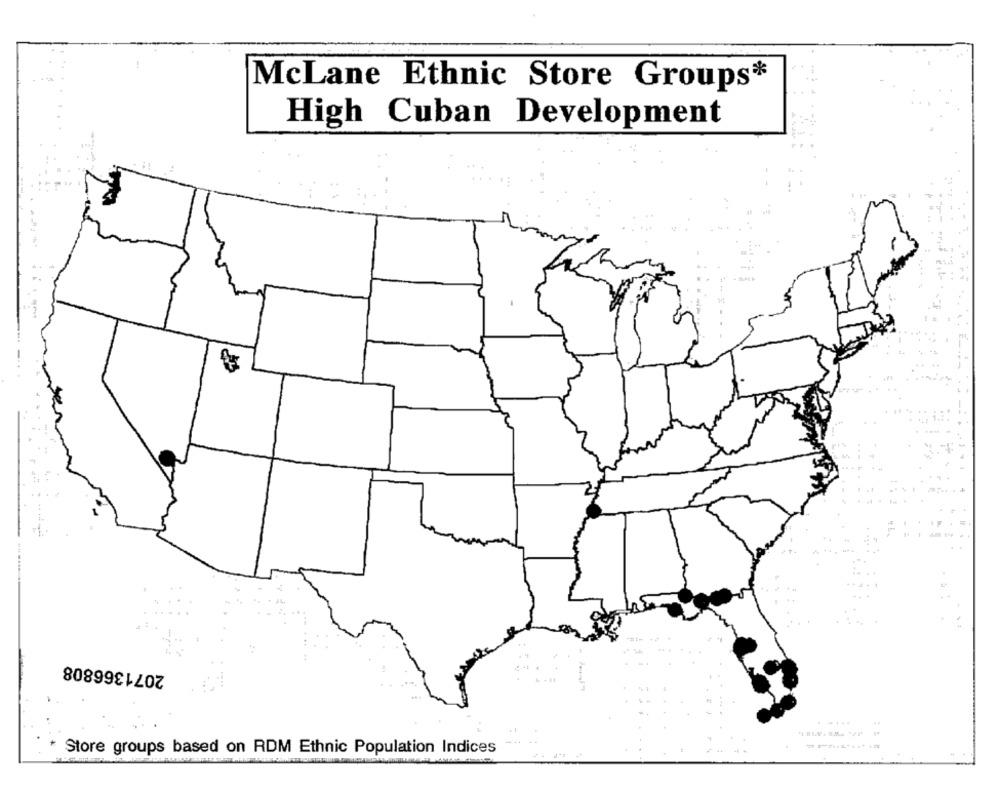
McLane Ethnic Store Groups*
High Cuban Development
2071366808
.....
Store groups based on RDM Ethnic Population Indices